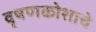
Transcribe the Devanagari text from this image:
वृषणकोशाचे